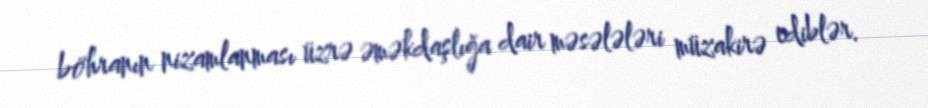
böhranın nizamlanması üzrə əməkdaşlığa dair məsələləri müzakirə ediblər.